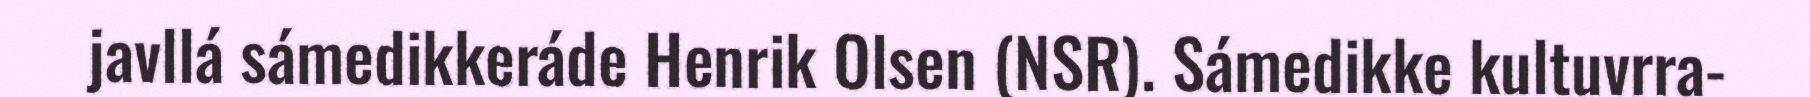
javllá sámedikkeráde Henrik Olsen (NSR). Sámedikke kultuvrra-